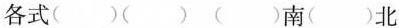
各式( )( ) ( )南( )北